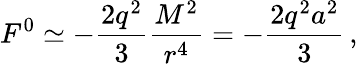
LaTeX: F^{0}\simeq-\frac{2q^{2}}3\frac{M^{2}}{r^{4}}=-\frac{2q^{2}a^{2}}3\, ,